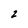
Character: 2